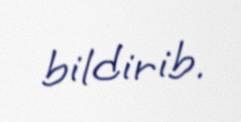
bildirib.